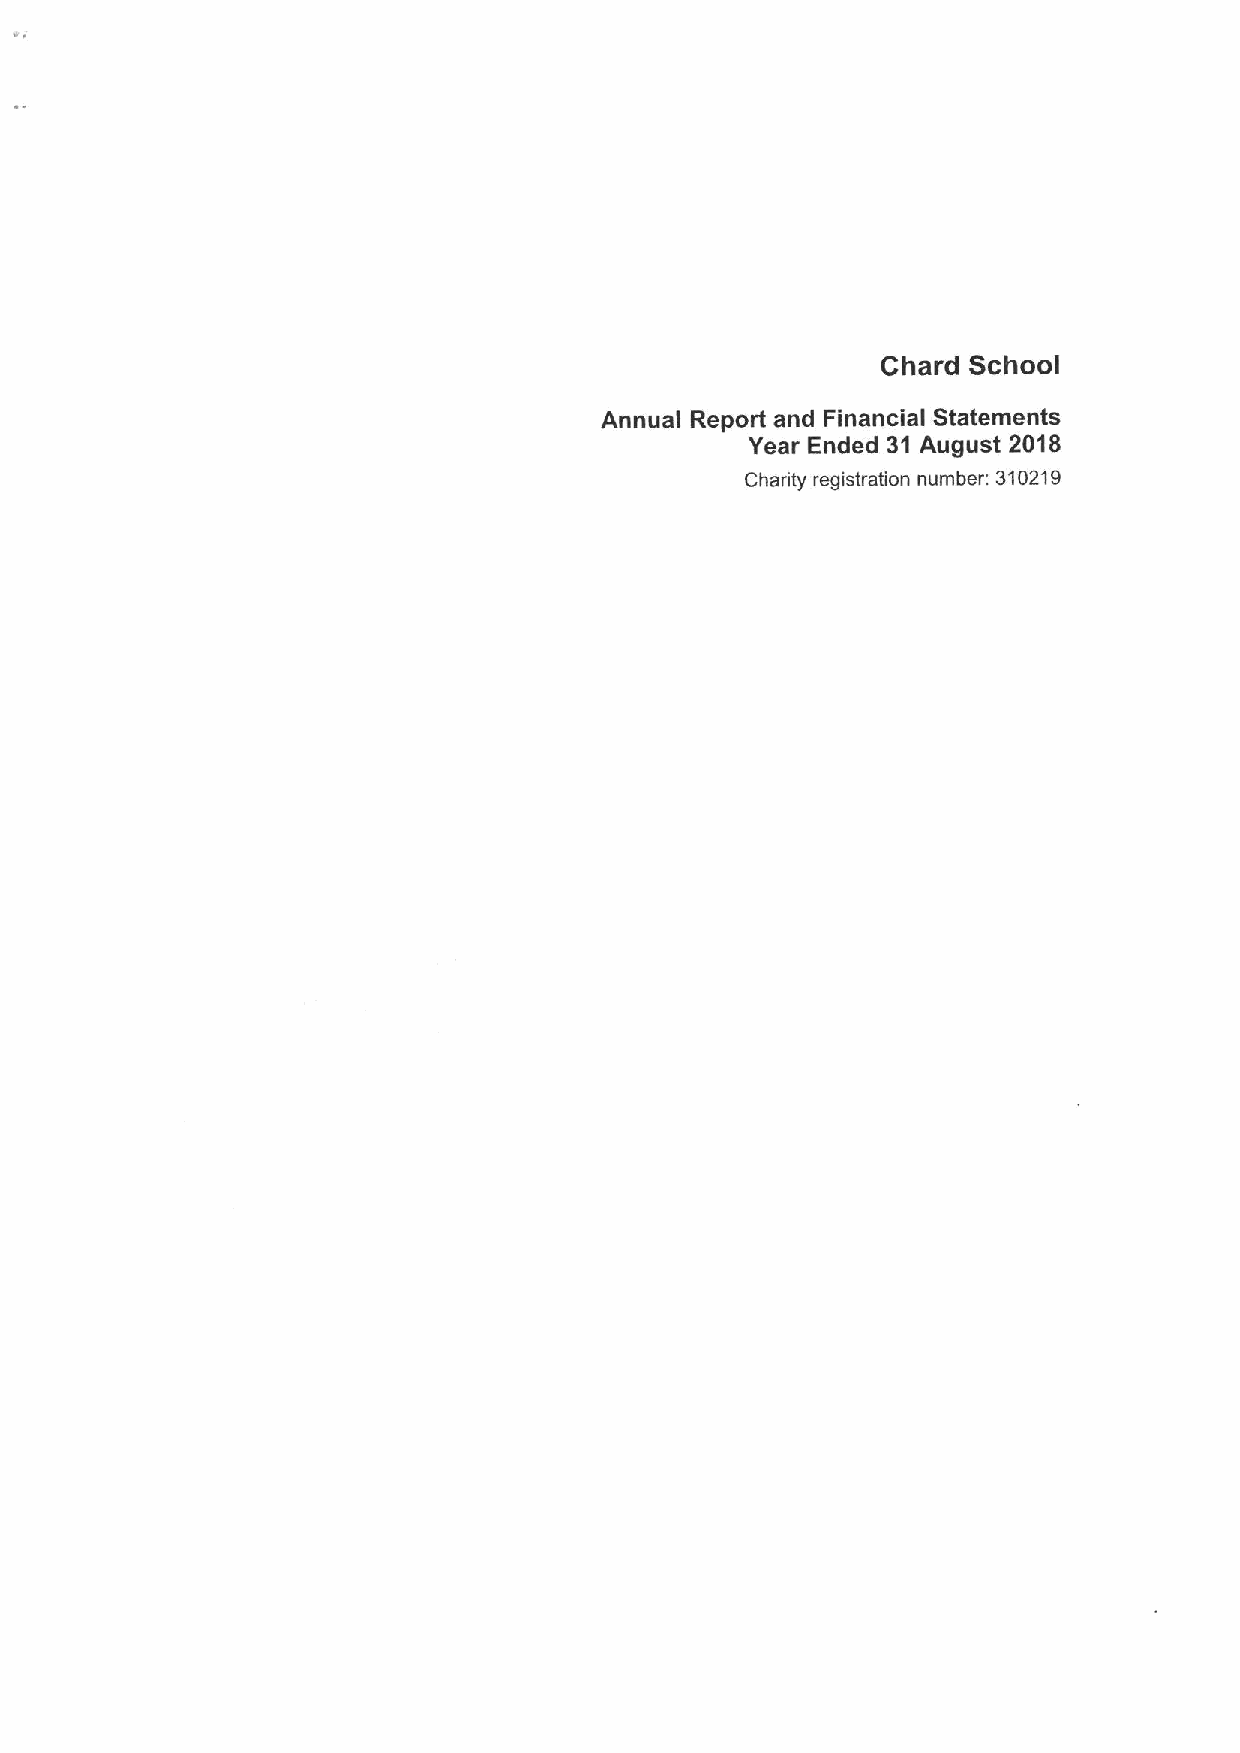
Chard School
 Annual Report and Financial Statements
 Year Ended 31 August 2018
 Charity registration number: 310219